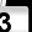
Digit: 3